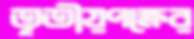
তৃতীয়পক্ষের